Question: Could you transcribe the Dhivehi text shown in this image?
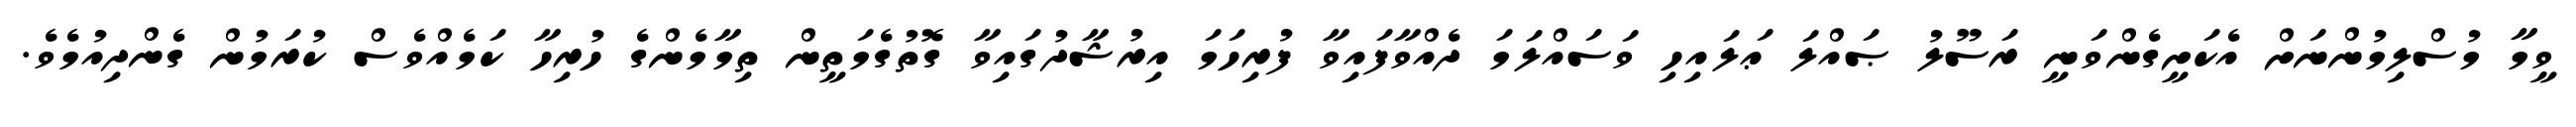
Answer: ވީމާ މުސްލިމުންނަށް އެކަށީގެންވަނީ ރަސޫލު ޞައްލަ ޢަލައިހި ވަސައްލަމަ ދެއްވާފައިވާ ފުރިހަމަ އިރުޝާދުގައިވާ ގޮތުގެމަތީން ތިމާމެންގެ ހުރިހާ ކަމެއްވެސް ކުރަމުން ގެންދިއުމެވެ.